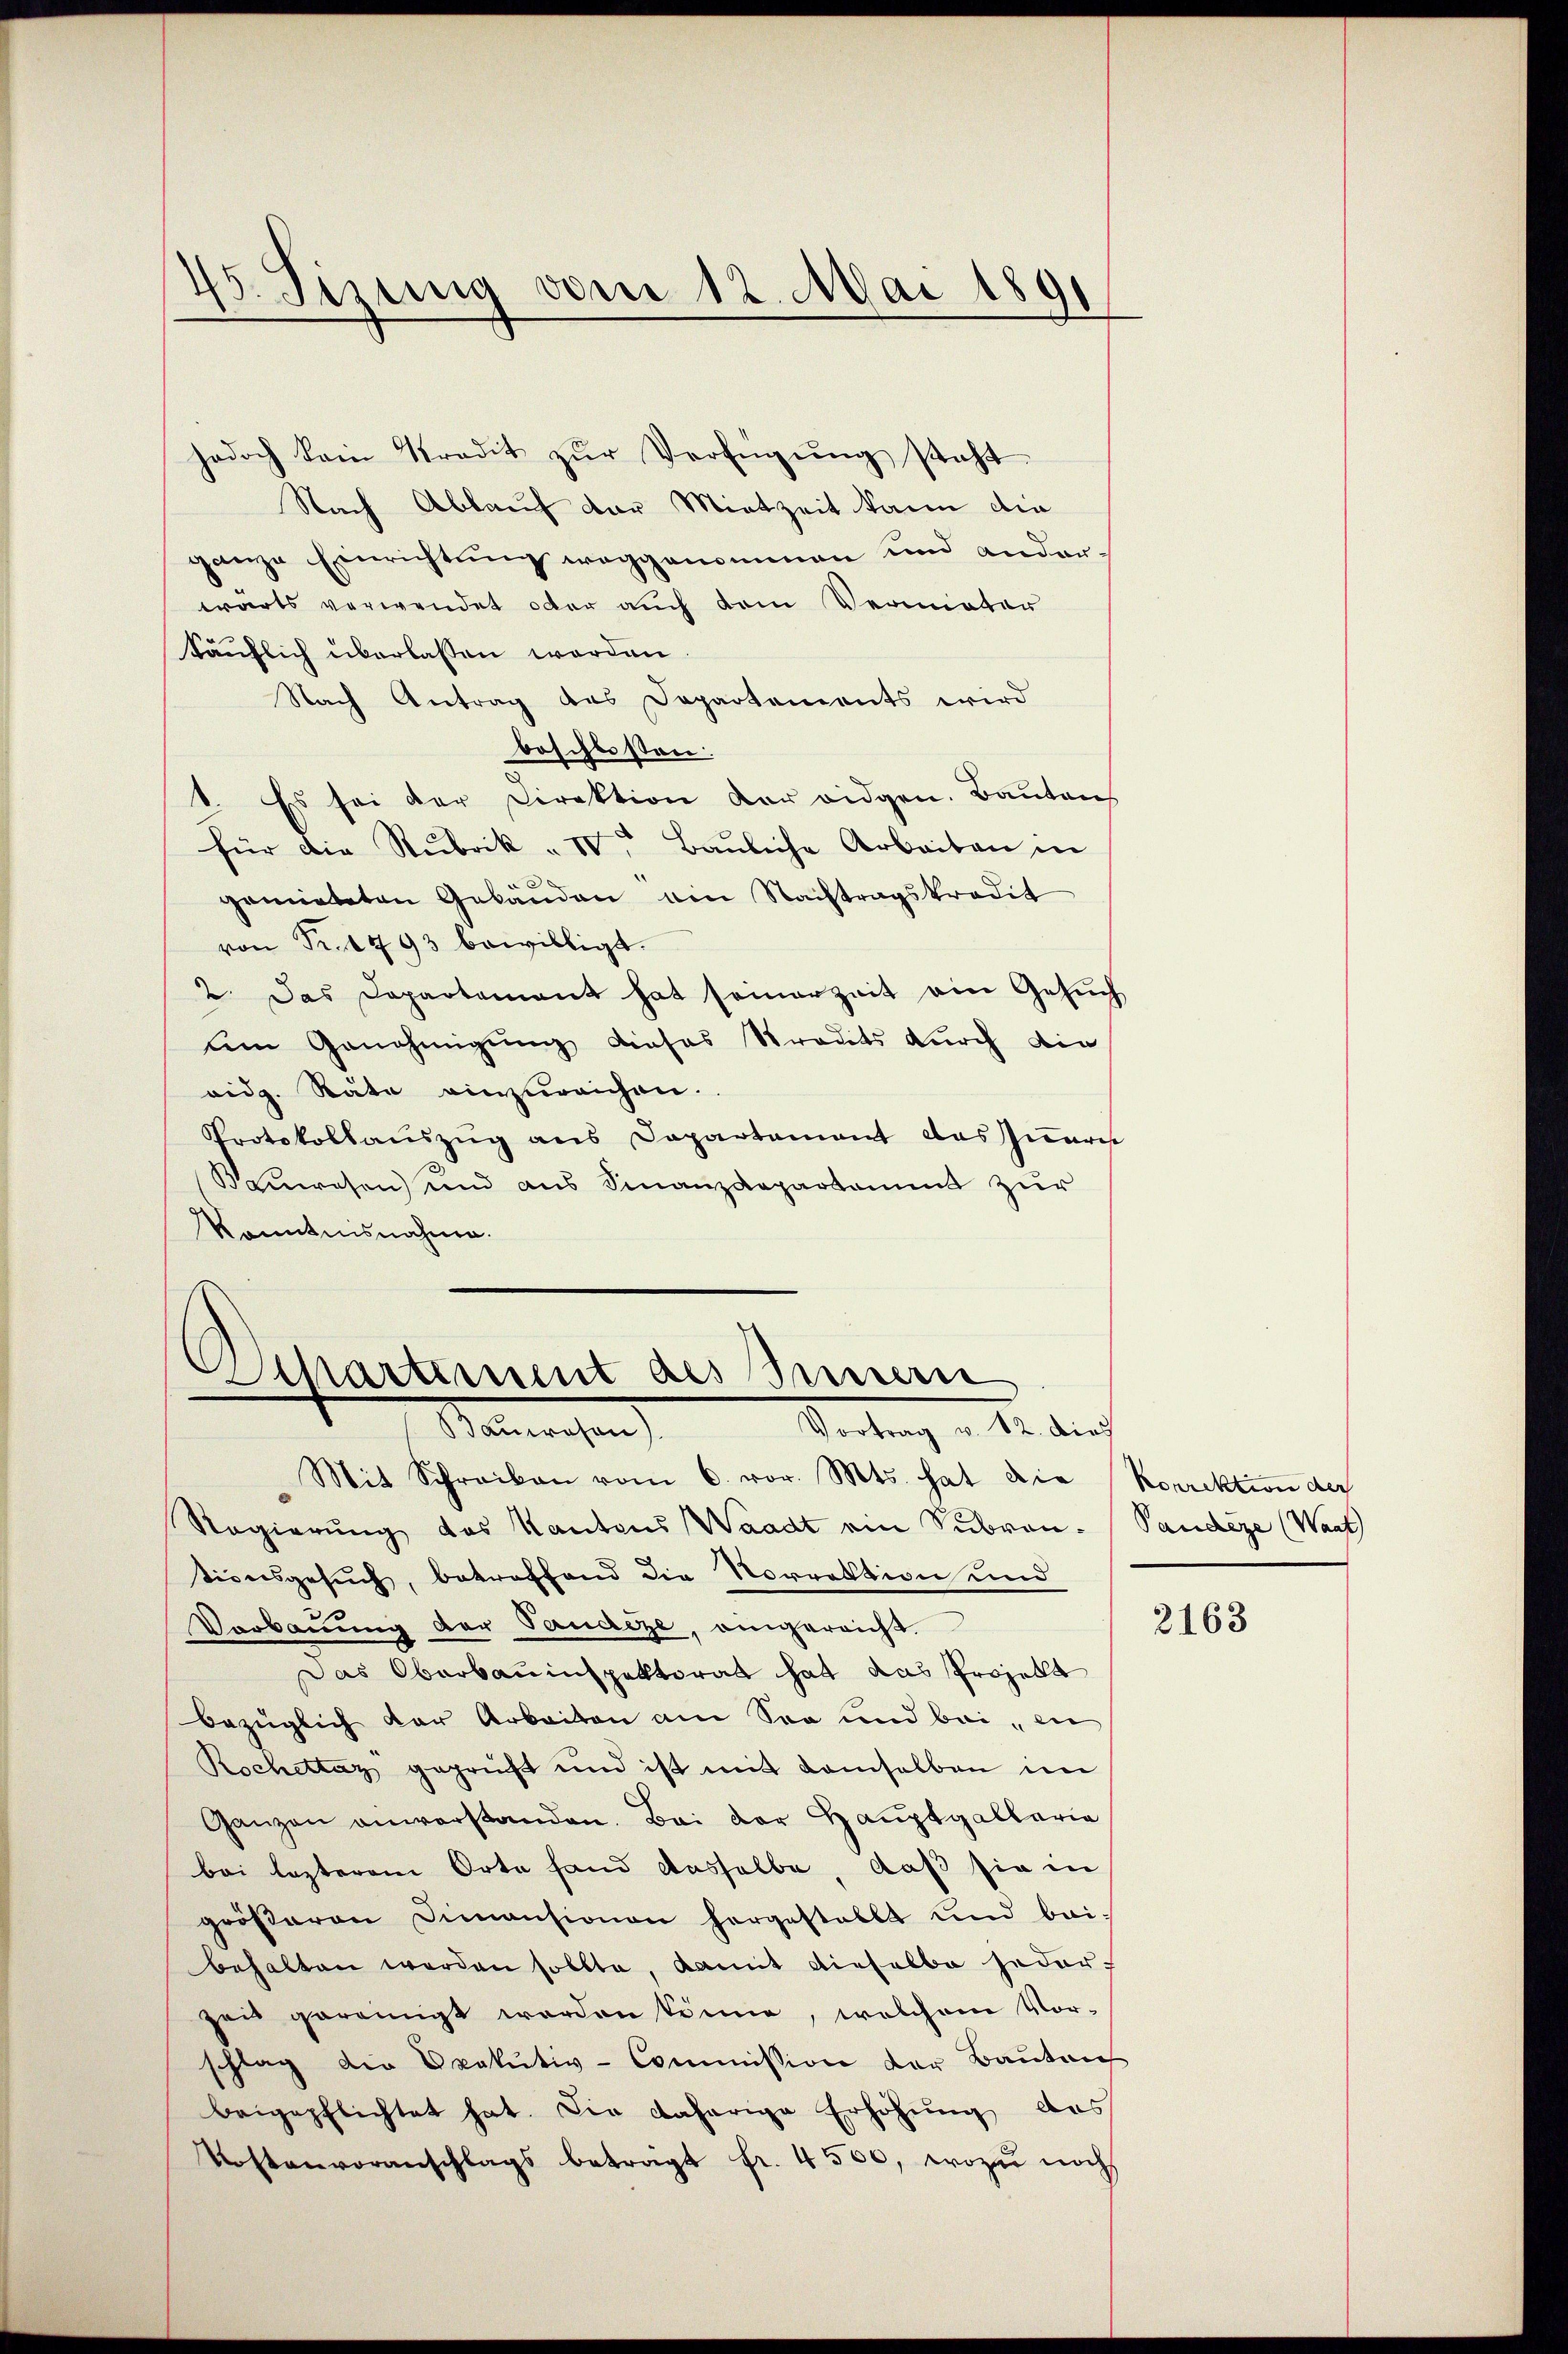
45. Sizung vom 12. Mai 1891

jedoch kein Kredit zŭr Verfügŭng steht.
Nach Ablauf der Mietzeit kann die
ganze Einrichtung weggenommen und anderwärts verwendet oder auch dem Vermieter
d
käuflich überlassen worden.
Nach Antrag des Departements wird
beschlossen:
1. Es sei der Direktion der eidgen. Bauten
für die Rubrik „ IV. Baŭliche Arbeiten in
3
gemieteten Gebänden ein Nachtragskredit
von Fr. 1493 bewilligt.
2. Das Departement hat seinerzeit ein Gesŭch
um Genehmigung dieses Stradits durch die
vidg. Räte einzureichen.
Protokollauszug aus Dapartament das Innern
Bauwesen) und aus Finanzdepartammt zur
Kenntnisnahme.

Dchartement des Innern

Vortrag v. 12. dies
Sanwesen
Mit Schreiben vom 6. vor. Mts. hat die
Regierung des Kantons Waadt ein Subron- Pandere (Want
tionsgesuch, betreffend die Vorrektion und
Verbaŭŭng der Sanatze, eingereicht.
Das Oberbauinspektorat hat das Projekt
bezüglich der Arbeiten am Son und bei, in
Rochettag geprüft und ist mit demselben im
Ganzen anverstanden. Bei der Hauptgallaria
bei lezterem Orte fand dasselbe, daß sie in
größeren Dimansionen hergestallt und bei
behalten werden sollte, damit dieselbe jeder-
zeit gereinigt worden könne, welchem Vor-
schlag die Exekutiv-Commission der Baukauf
beigepflichtet hat. Die daherige Erhöhung das
Kostenvoranschlags betragt fr. 4500, wozu noch

korrektion der

2163